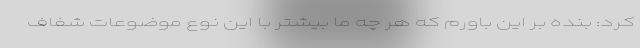
کرد: بنده بر این باورم که هر چه ما بیشتر با این نوع موضوعات شفاف